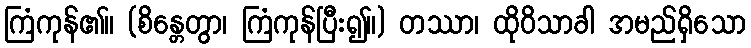
ကြံကုန်၏။ (စိန္တေတွာ၊ ကြံကုန်ပြီး၍။) တဿာ၊ ထိုဝိသာခါ အမည်ရှိသော